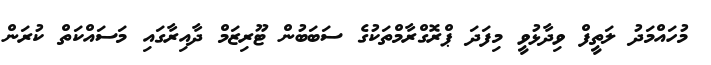
މުހައްމަދު ލަތީފް ވިދާޅުވީ މިފަދަ ޕްރޮގްރާމްތަކުގެ ސަބަބުން ޓޫރިޒަމް ދާއިރާގައި މަސައްކަތް ކުރަން